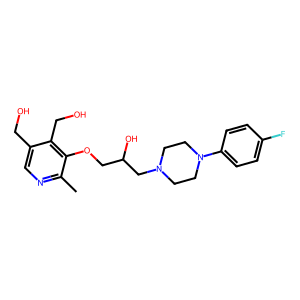
SMILES: Cc1ncc(CO)c(CO)c1OCC(O)CN1CCN(c2ccc(F)cc2)CC1
Inhibits HIV replication: No